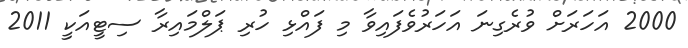
2000 އަހަރަށް ވުރެގިނަ އަހަރުވެފައިވާ މި ފައްޅި ހުރި ޕަލްމައިރާ ސިޓީއަކީ 2011